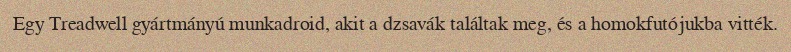
Egy Treadwell gyártmányú munkadroid, akit a dzsavák találtak meg, és a homokfutójukba vitték.